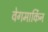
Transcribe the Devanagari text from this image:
वेगमार्किन